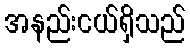
အနည်းငယ်ရှိသည်